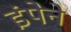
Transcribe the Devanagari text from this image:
इंपेने